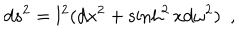
d s ^ { 2 } = l ^ { 2 } ( d x ^ { 2 } + \sinh ^ { 2 } x d \omega ^ { 2 } ) ~ ~ ,